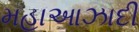
મહાઆઝાદી